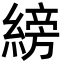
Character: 縍